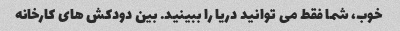
خوب، شما فقط می توانید دریا را ببینید. بین دودکش های کارخانه